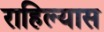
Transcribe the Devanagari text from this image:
राहिल्‍यास